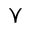
\curlyvee